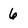
Character: 6